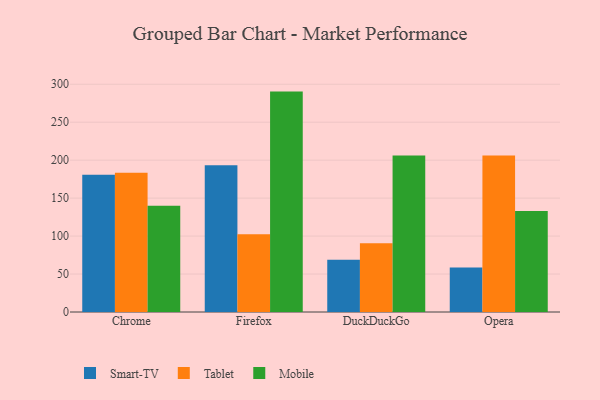
{"axis": {"x": "Browser", "y": "Latency (ms)"}, "legend": ["Mobile", "Smart-TV", "Tablet"], "data": [{"x": "Chrome", "y": 180.8, "type": "Smart-TV"}, {"x": "Chrome", "y": 183.3, "type": "Tablet"}, {"x": "Chrome", "y": 139.8, "type": "Mobile"}, {"x": "Firefox", "y": 193.2, "type": "Smart-TV"}, {"x": "Firefox", "y": 102.5, "type": "Tablet"}, {"x": "Firefox", "y": 290.3, "type": "Mobile"}, {"x": "DuckDuckGo", "y": 68.9, "type": "Smart-TV"}, {"x": "DuckDuckGo", "y": 90.5, "type": "Tablet"}, {"x": "DuckDuckGo", "y": 206.0, "type": "Mobile"}, {"x": "Opera", "y": 58.6, "type": "Smart-TV"}, {"x": "Opera", "y": 206.0, "type": "Tablet"}, {"x": "Opera", "y": 132.9, "type": "Mobile"}]}